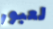
لعبور